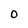
Character: O